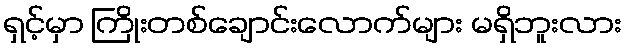
ရှင့်မှာ ကြိုးတစ်ချောင်းလောက်များ မရှိဘူးလား